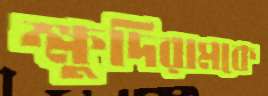
ক্ষুদিরামকে